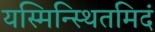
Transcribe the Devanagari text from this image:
यस्मिन्स्थितमिदं